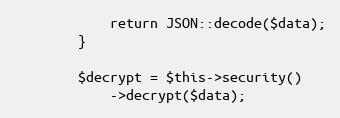
Language: PHP
            return JSON::decode($data);
        }

        $decrypt = $this->security()
            ->decrypt($data);